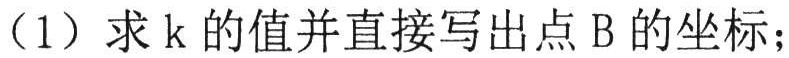
（1）求\(k\)的值并直接写出点\(B\)的坐标；